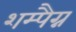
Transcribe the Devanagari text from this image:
शम्पैग्न